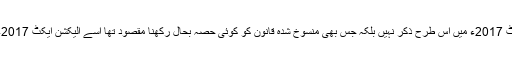
کسی بھی دوسرے منسوخ شدہ قانون کا الیکشن ایکٹ 2017ء میں اس طرح ذکر نہیں بلکہ جس بھی منسوخ شدہ قانون کو کوئی حصہ بحال رکھنا مقصود تھا اسے الیکشن ایکٹ 2017ء میں کے متعلقہ سیکشن کے تحت بیان کر دیا گیا۔